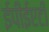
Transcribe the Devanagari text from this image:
ईपीईएटी